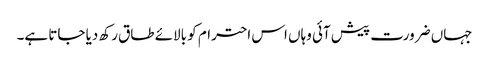
جہاں ضرورت پیش آئی وہاں اس احترام کو بالائے طاق رکھ دیا جاتا ہے۔